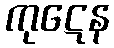
ကုဋေန